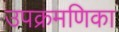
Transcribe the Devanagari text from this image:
उपक्रमणिका